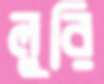
লুরি